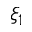
\xi _ { 1 }